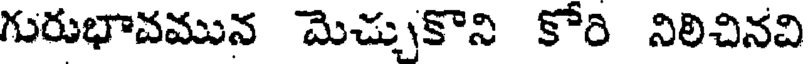
గురుభావమున మెచ్చుకొని కోరి నిలిచినవి